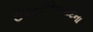
ઉપયોગિતાવાદના